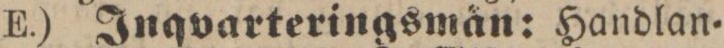
E.) Inqvarteringsmån: Handlan=